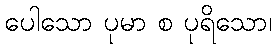
ပေါသော ပုမာ စ ပုရိသော၊